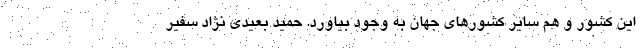
این کشور و هم سایر کشورهای جهان به وجود بیاورد. حمید بعیدی نژاد سفیر